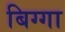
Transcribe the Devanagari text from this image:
बिग्गा